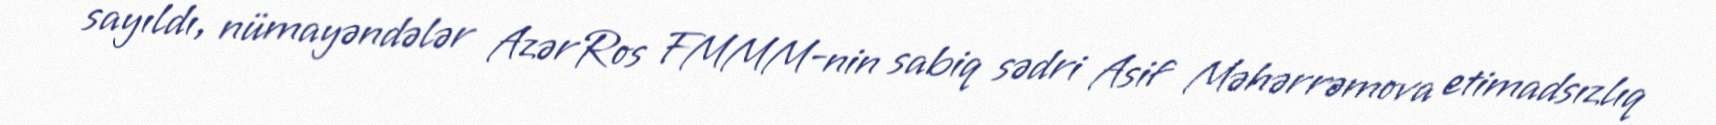
sayıldı, nümayəndələr AzərRos FMMM-nin sabiq sədri Asif Məhərrəmova etimadsızlıq